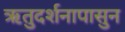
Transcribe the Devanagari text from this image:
ऋतुदर्शनापासुन